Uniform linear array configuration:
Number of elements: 16
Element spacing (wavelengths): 1
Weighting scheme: uniform
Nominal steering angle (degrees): -45
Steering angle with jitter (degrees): -45.791
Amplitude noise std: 0.05
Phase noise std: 0.05

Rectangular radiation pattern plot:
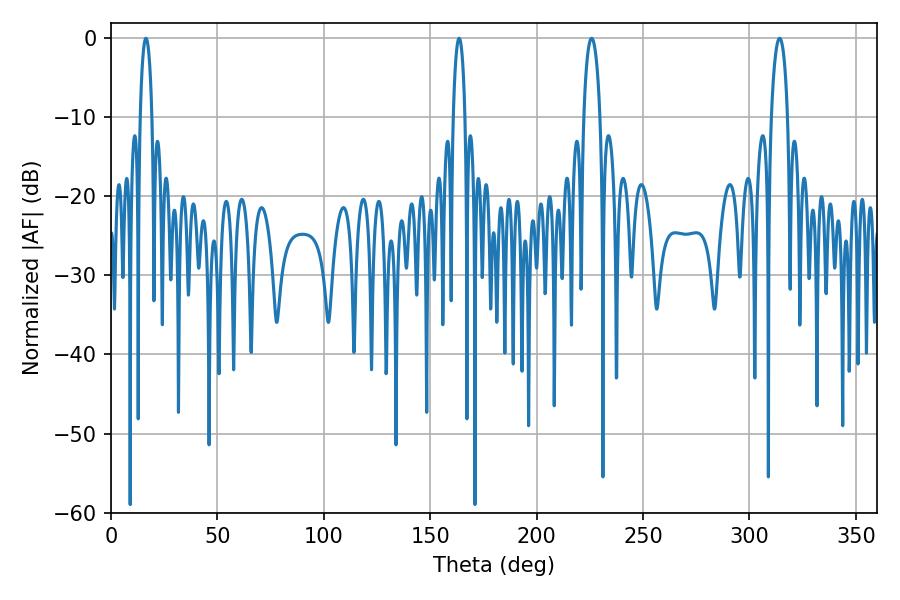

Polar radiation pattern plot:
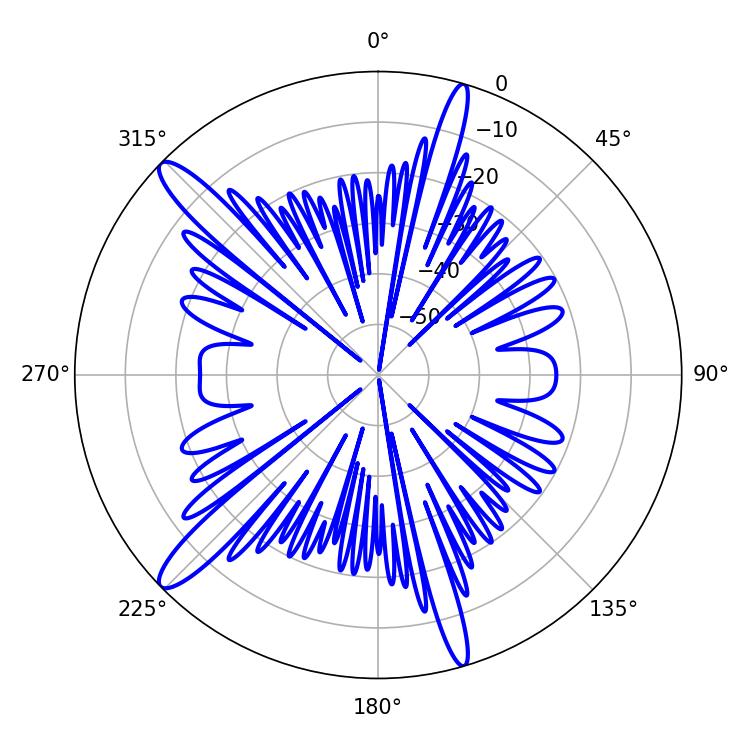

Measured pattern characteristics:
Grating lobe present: TRUE
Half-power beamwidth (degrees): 3.06
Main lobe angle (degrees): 16.38